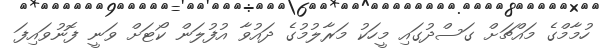
ހުމާމްގެ މައްޗަށް ގަސްދުގައި މީހަކު މަރާލުމުގެ ދައުވާ އުފުލަން ކޯޓަށް ވަނީ ފޮނުވައިފަ